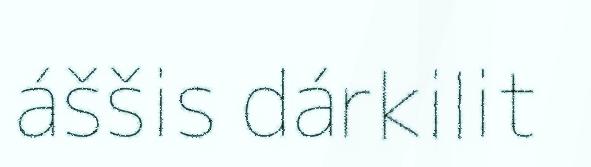
áššis dárkilit